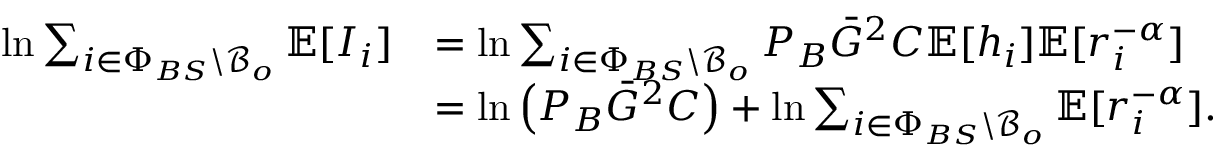
\begin{array} { r l } { \ln \sum _ { i \in \Phi _ { B S } \backslash \mathcal { B } _ { o } } \mathbb { E } [ I _ { i } ] } & { = \ln \sum _ { i \in \Phi _ { B S } \backslash \mathcal { B } _ { o } } P _ { B } \bar { G } ^ { 2 } C \mathbb { E } [ h _ { i } ] \mathbb { E } [ r _ { i } ^ { - \alpha } ] } \\ & { = \ln \left( P _ { B } \bar { G } ^ { 2 } C \right) + \ln \sum _ { i \in \Phi _ { B S } \backslash \mathcal { B } _ { o } } \mathbb { E } [ r _ { i } ^ { - \alpha } ] . } \end{array}